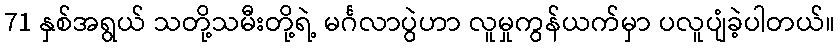
71 နှစ်အရွယ် သတို့သမီးတို့ရဲ့ မင်္ဂလာပွဲဟာ လူမှုကွန်ယက်မှာ ပလူပျံခဲ့ပါတယ်။